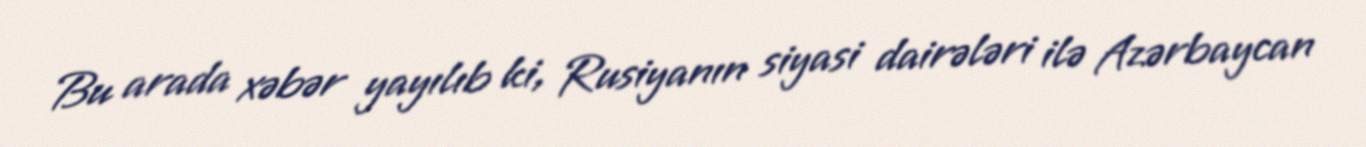
Bu arada xəbər yayılıb ki, Rusiyanın siyasi dairələri ilə Azərbaycan